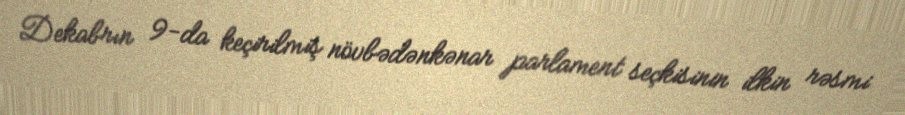
Dekabrın 9-da keçirilmiş növbədənkənar parlament seçkisinin ilkin rəsmi